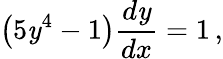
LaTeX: \left(5\mathit{y}^{4}-1\right){\frac{{d\mathit{y}}}{{dx}}}=1\, ,